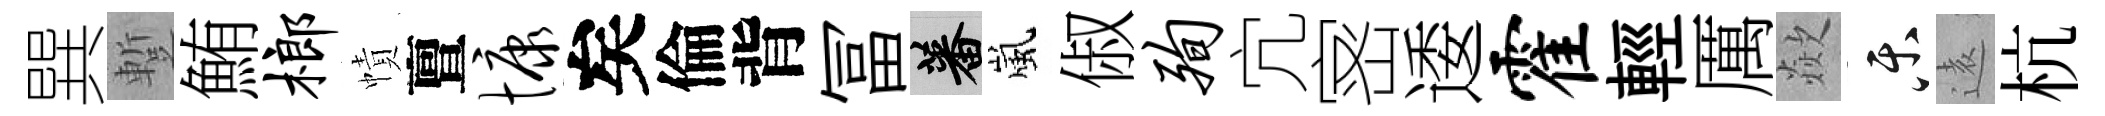
巽蹔鮪榔幘亶慷矣倫背冨蕃嵐俶殉宂宻逶霍輕厲歘乐逺杭